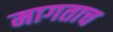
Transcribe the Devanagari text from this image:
मागताच